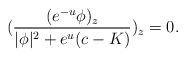
\begin{align*}(\frac{(e^{-u}\phi)_z}{|\phi|^2+e^u(c-K)})_{z}=0.\end{align*}